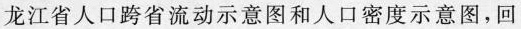
龙江省人口跨省流动示意图和人口密度示意图，回